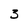
Character: 3